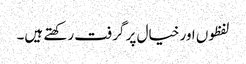
لفظوں اور خیال پر گرفت رکھتے ہیں۔